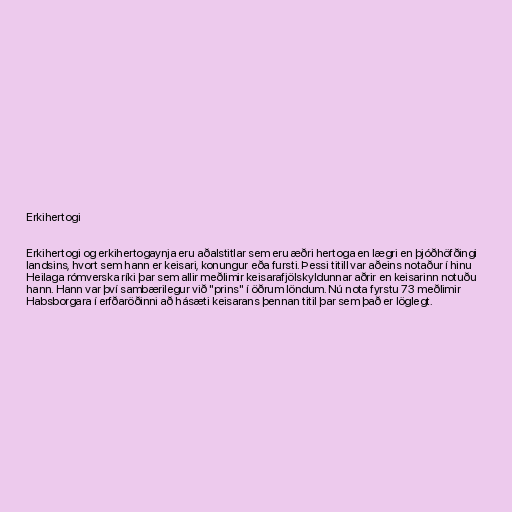
Erkihertogi

Erkihertogi og erkihertogaynja eru aðalstitlar sem eru æðri hertoga en lægri en þjóðhöfðingi
landsins, hvort sem hann er keisari, konungur eða fursti. Þessi titill var aðeins notaður í hinu
Heilaga rómverska ríki þar sem allir meðlimir keisarafjölskyldunnar aðrir en keisarinn notuðu
hann. Hann var því sambærilegur við "prins" í öðrum löndum. Nú nota fyrstu 73 meðlimir
Habsborgara í erfðaröðinni að hásæti keisarans þennan titil þar sem það er löglegt.